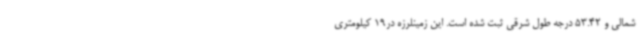
شمالی و 53.42 درجه طول شرقی ثبت شده است. این زمینلرزه در19 کیلومتری